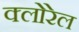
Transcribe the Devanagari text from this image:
क्लोरेल